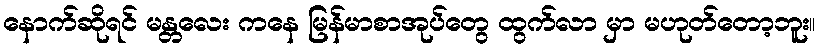
နောက်ဆိုရင် မန္တလေး ကနေ မြန်မာစာအုပ်တွေ ထွက်လာ မှာ မဟုတ်တော့ဘူး။